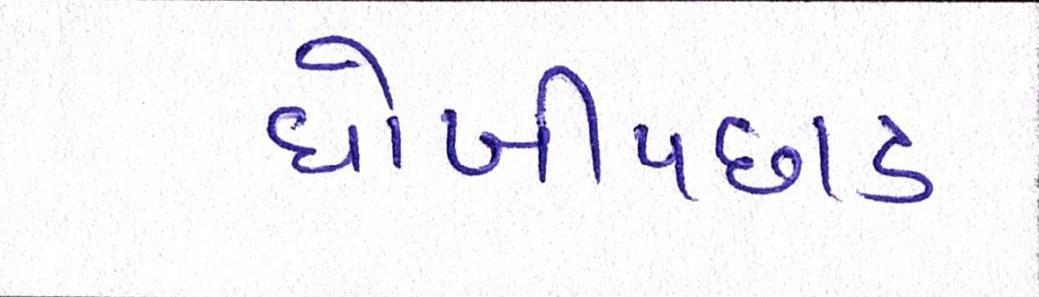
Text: ધોબીપછાડ